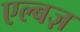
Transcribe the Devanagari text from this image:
एल्बज़